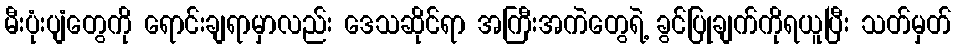
မီးပုံးပျံတွေကို ရောင်းချရာမှာလည်း ဒေသဆိုင်ရာ အကြီးအကဲတွေရဲ့ ခွင်ပြုချက်ကိုရယူပြီး သတ်မှတ်